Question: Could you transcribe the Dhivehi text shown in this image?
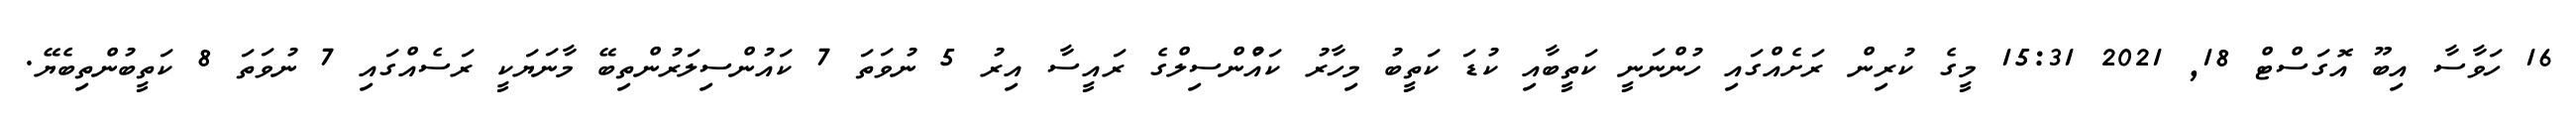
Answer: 16 ހަވާސާ އިބޫ އޮގަސްޓް 18, 2021 15:31 މީގެ ކުރިން ރަށެއްގައި ހުންނަނީ ކަތީބާއި ކުޑަ ކަތީބު މިހާރު ކައުްންސިލްގެ ރައީސާ އިރު 5 ނުވަތަ 7 ކައުންސިލަރުންތިބޭ މާނަޔަކީ ރަސެއްގައި 7 ނުވަތަ 8 ކަތީބުންތިބެޔޭ.